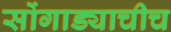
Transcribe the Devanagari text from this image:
सोंगाड्याचीच